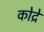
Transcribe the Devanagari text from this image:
कोद्रे